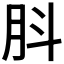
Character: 𦙒